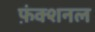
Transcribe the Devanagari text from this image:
फ़ंक्शनल